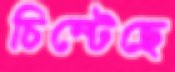
চিম্‌টেছে